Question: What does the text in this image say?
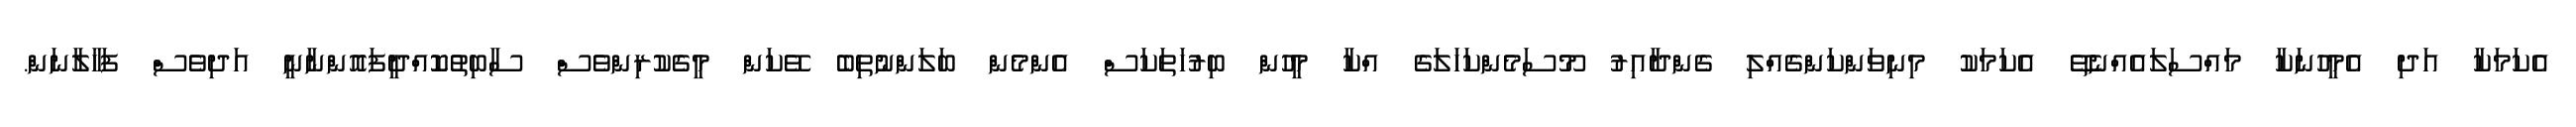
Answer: އެކަމަކާ އަދި އެމީހުނަކާ މައްސަލައެއްނެތޭ އެކަމަކު މިނިވަންކަންގެއްލި ގެންދާއިރު މޫސަމެންކަހަލަގެ އްކާ މީހުން ބިރުހަތަކަސް އެންމެން ބަލަންނުތިބެ ވޭކަން މީގެކުރިންވެސް ސާބިތުކޮއްދީފައޮންނާނީ އަދިވެސް ފަހާލާނަން.